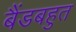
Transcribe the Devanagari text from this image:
बैंडबहुत